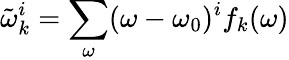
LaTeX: \tilde{\omega}_{k}^{i}=\sum_{\omega}(\omega-\omega_{0})^{i}f_{k}(\omega)